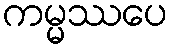
ကမ္မဿပေ